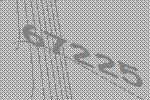
67225